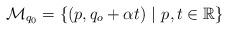
LaTeX: \begin{align*} \mathcal{M}_{q_0} = \{ (p, q_o + \alpha t) ~ |~ p, t \in \mathbb{R}\}\end{align*}